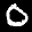
Label: 0